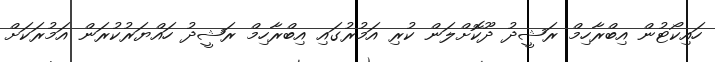
ހައިކޯޓުން އިބްރާހިމް ރަޝީދު ދޫކޮށްލަން ކުރި އަމުރުގައި އިބްރާހިމް ރަޝީދު ހައްޔަރުކުރަން އަމުރަކަށް